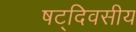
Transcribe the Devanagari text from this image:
षट्‌दिवसीय